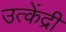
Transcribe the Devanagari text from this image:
उत्केंद्री